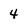
Character: 4